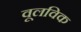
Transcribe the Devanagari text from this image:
वूलविक